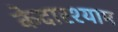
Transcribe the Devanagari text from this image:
केदारश्याम